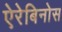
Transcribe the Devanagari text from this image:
ऐरेबिनोस